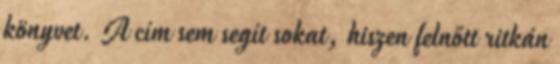
könyvet. A cím sem segít sokat, hiszen felnőtt ritkán